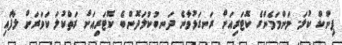
ޕިންކް ކުލަ. މަންމަމެންގެ ކޮޓަރިއަށް ރަނގަޅުވާނެ ދަނބުކުލަދޮންބެ ކޮޓަރިއަށް ރަތްކުލަ ކަވަރަށް ލާފައި